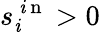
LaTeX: s_{\mathit{i}}^{\mathrm{{~\mathit{i}~n~}}}>0